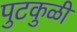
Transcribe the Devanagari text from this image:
पुटकुळी